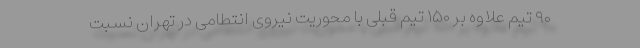
۹۰ تیم علاوه بر ۱۵۰ تیم قبلی با محوریت نیروی انتطامی در تهران نسبت